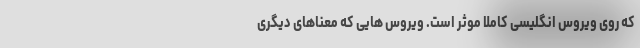
که روی ویروس انگلیسی کاملا موثر است. ویروس هایی که معناهای دیگری